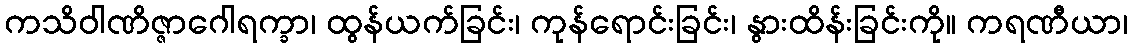
ကသိဝါဏိဇ္ဇာဂေါရက္ခာ၊ ထွန်ယက်ခြင်း၊ ကုန်ရောင်းခြင်း၊ နွားထိန်းခြင်းကို။ ကရဏီယာ၊